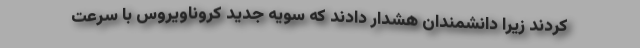
کردند زیرا دانشمندان هشدار دادند که سویه جدید کروناویروس با سرعت